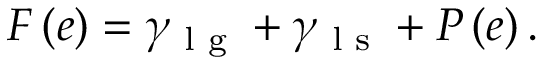
F \left( e \right) = \gamma _ { \textrm { l g } } + \gamma _ { \textrm { l s } } + P \left( e \right) .